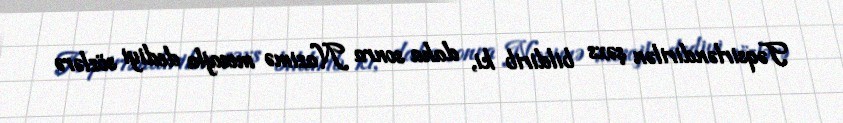
Təqsirləndirilən şəxs bildirib ki, daha sonra Nazimə mesajla dediyi sözlərə